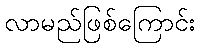
လာမည်ဖြစ်ကြောင်း